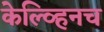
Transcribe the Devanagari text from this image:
केल्व्हिनच